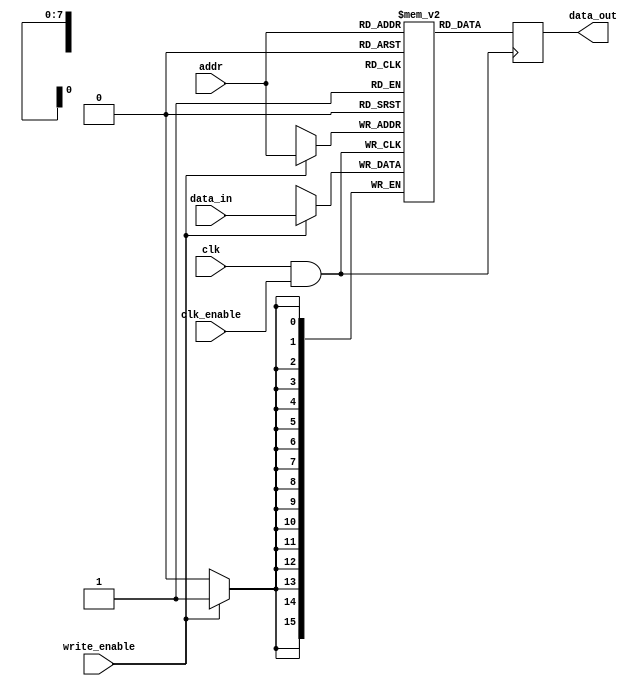
module MemoryBlock #(
    parameter ADDR_WIDTH = 8,    // Address width
    parameter DATA_WIDTH = 16,    // Data width
    parameter MEM_SIZE = 256      // Memory size (2^ADDR_WIDTH)
)(
    input wire clk,               // Main clock
    input wire clk_enable,        // Clock enable signal for gating
    input wire write_enable,      // Write enable signal
    input wire [ADDR_WIDTH-1:0] addr, // Address for read/write
    input wire [DATA_WIDTH-1:0] data_in, // Data to write
    output reg [DATA_WIDTH-1:0] data_out // Data output for read
);

    // Memory storage
    reg [DATA_WIDTH-1:0] memory [0:MEM_SIZE-1];
    
    // Gated clock signal
    wire gated_clk;
    
    // Clock gating logic
    assign gated_clk = clk & clk_enable; // Enable clock only when clk_enable is high

    // Memory operations
    always @(posedge gated_clk) begin
        if (write_enable) begin
            memory[addr] <= data_in; // Write operation
        end
        data_out <= memory[addr]; // Read operation
    end

endmodule